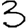
Digit: 3